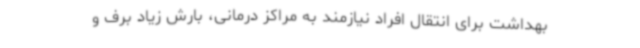
بهداشت برای انتقال افراد نیازمند به مراکز درمانی، بارش زیاد برف و